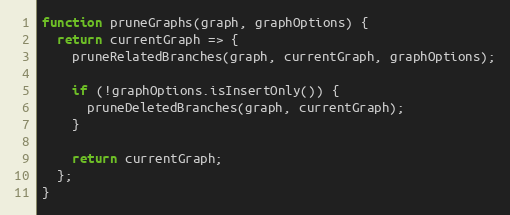
Language: JavaScript
function pruneGraphs(graph, graphOptions) {
  return currentGraph => {
    pruneRelatedBranches(graph, currentGraph, graphOptions);

    if (!graphOptions.isInsertOnly()) {
      pruneDeletedBranches(graph, currentGraph);
    }

    return currentGraph;
  };
}